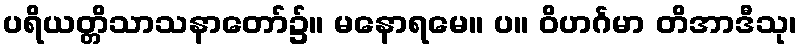
ပရိယတ္တိသာသနာတော်၌။ မနောရမေ။ ပ။ ဝိဟင်္ဂမာ တိအာဒီသု၊